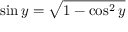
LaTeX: \sin y = { \sqrt { 1 - \cos ^ { 2 } y } } \,